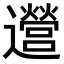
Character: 𫑔